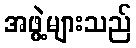
အဖွဲ့များသည်